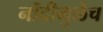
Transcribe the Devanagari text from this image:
नोंदीमुळेच